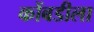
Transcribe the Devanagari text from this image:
कोंबडीला